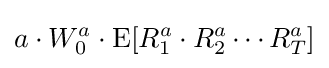
a\cdot W_{0}^{a}\cdot {\text{E}}[R_{1}^{a}\cdot R_{2}^{a}\cdots R_{T}^{a}]